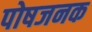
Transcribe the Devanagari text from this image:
पोषजनक